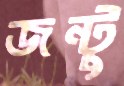
জন্টু